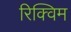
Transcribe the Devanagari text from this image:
रिक्विम